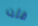
قلت